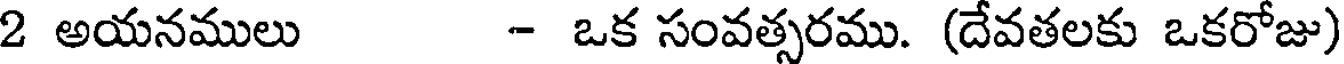
2 అయనములు - ఒక సంవత్సరము. (దేవతలకు ఒకరోజు)